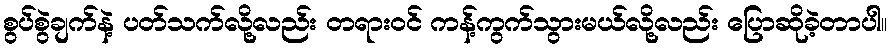
စွပ်စွဲချက်နဲ့ ပတ်သက်လို့လည်း တရားဝင် ကန့်ကွက်သွားမယ်လို့လည်း ပြောဆိုခဲ့တာပါ။